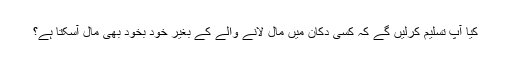
کیا آپ تسلیم کرلیں گے کہ کسی دکان میں مال لانے والے کے بغیر خود بخود بھی مال آسکتا ہے؟